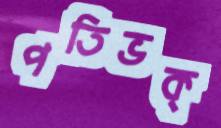
পতিভক্